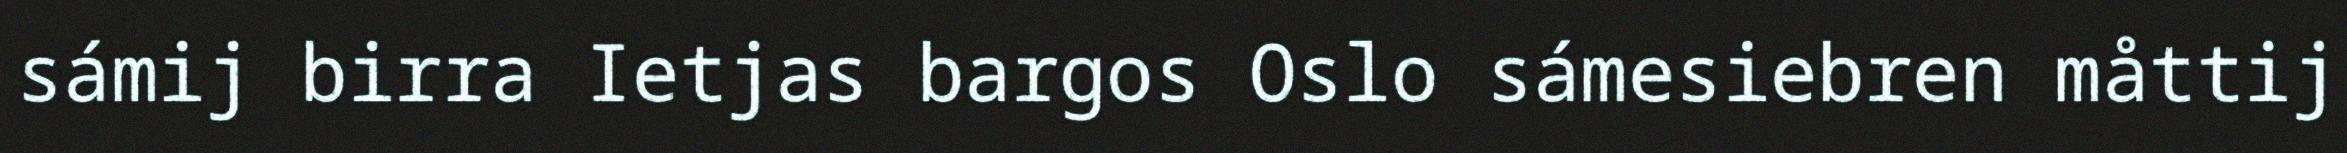
sámij birra Ietjas bargos Oslo sámesiebren måttij